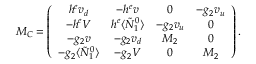
M _ { C } = \left( \begin{array} { c c c c } { { h ^ { e } v _ { d } } } & { { - h ^ { e } v } } & { { 0 } } & { { - g _ { 2 } v _ { u } } } \\ { { - h ^ { e } V } } & { { h ^ { e } \langle \tilde { N } _ { 1 } ^ { 0 } \rangle } } & { { - g _ { 2 } v _ { u } } } & { { 0 } } \\ { { - g _ { 2 } v } } & { { - g _ { 2 } v _ { d } } } & { { M _ { 2 } } } & { { 0 } } \\ { { - g _ { 2 } \langle \tilde { N } _ { 1 } ^ { 0 } \rangle } } & { { - g _ { 2 } V } } & { { 0 } } & { { M _ { 2 } } } \end{array} \right) .